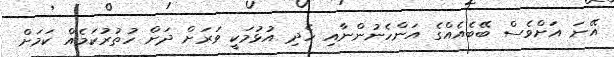
އޭނަ އަށްވެސް ބޭބެއެއްގެ އަންހެނުންނާއި ހެދި އުޅުމަކީ ވަރަށް ދަށް ހުތުރުކަމެއް ކަމަށް